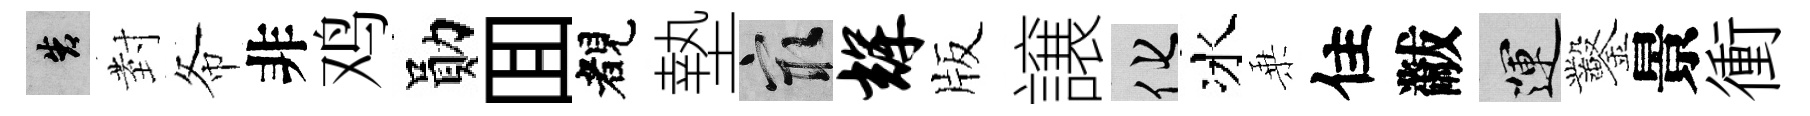
告𭔹𢁙非鸡勛囬睹墊冣辉版譲化冰乗住黻運鑿景衝